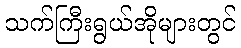
သက်ကြီးရွယ်အိုများတွင်